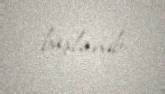
başlanıb.